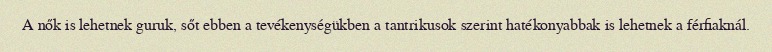
A nők is lehetnek guruk, sőt ebben a tevékenységükben a tantrikusok szerint hatékonyabbak is lehetnek a férfiaknál.